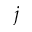
j